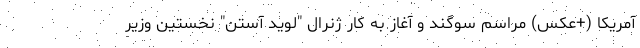
آمریکا (+عکس) مراسم سوگند و آغاز به کار ژنرال "لوید آستن" نخستین وزیر